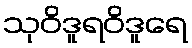
သုဝိဒူရဝိဒူရေ